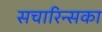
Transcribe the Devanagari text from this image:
सचारिन्सका